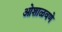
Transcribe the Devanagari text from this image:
ओशाळवणे